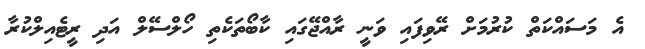
އެ މަސައްކަތް ކުރުމަށް ރޭވިފައި ވަނީ ރާއްޖޭގައި ކާބޯތަކެތި ހޯލްސޭލް އަދި ރީޓެއިލްކުރާ